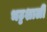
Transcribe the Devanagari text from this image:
भट्टशाली